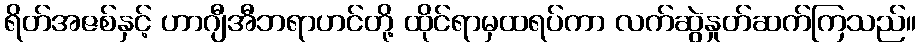
ရိတ်အဇစ်နှင့် ဟာဂျီအီဘရာဟင်တို့ ထိုင်ရာမှထရပ်ကာ လက်ဆွဲနှုတ်ဆက်ကြသည်။